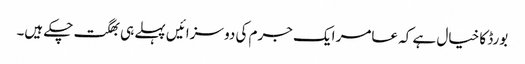
بورڈ کا خیال ہے کہ عامر ایک جرم کی دو سزائیں پہلے ہی بھگت چکے ہیں۔